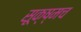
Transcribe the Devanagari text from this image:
सूक्ष्मच